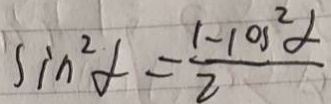
\sin ^ { 2 } \alpha = \frac { 1 - \cos ^ { 2 } \alpha } { 2 }